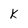
Character: k